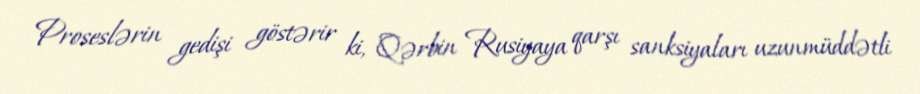
Proseslərin gedişi göstərir ki, Qərbin Rusiyaya qarşı sanksiyaları uzunmüddətli